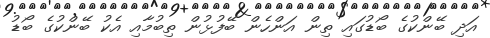
އަދި ބޭންކުގެ ބޯޑުގައި ތިން އަންހެން ބޭފުޅުން ތިބުމާއި އެކު ބޭންކުގެ ބޯޑު